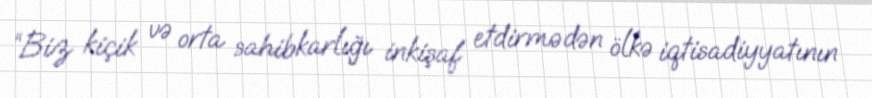
“Biz kiçik və orta sahibkarlığı inkişaf etdirmədən ölkə iqtisadiyyatının